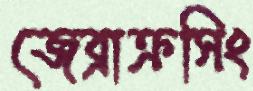
জেব্রাক্রসিং